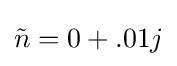
{\tilde {n}}=0+.01j